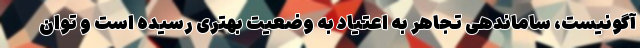
آگونیست، ساماندهی تجاهر به اعتیاد به وضعیت بهتری رسیده است و توان